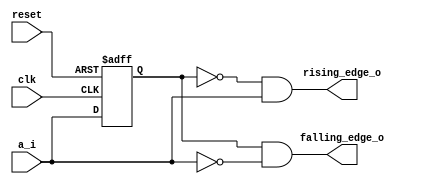
 // An edge detector

module day3 (
  input     wire    clk,
  input     wire    reset,

  input     wire    a_i,

  output    wire    rising_edge_o,
  output    wire    falling_edge_o
);

  reg a_i_delay;
  
  always@(posedge clk or posedge reset) begin
    if(reset)
      a_i_delay <= 1'b0;
    else
      a_i_delay <= a_i;
  end
  
  assign falling_edge_o = a_i_delay & ~a_i;
  assign rising_edge_o = ~a_i_delay & a_i;

endmodule